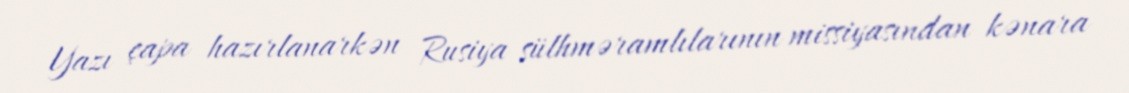
Yazı çapa hazırlanarkən Rusiya sülhməramlılarının missiyasından kənara